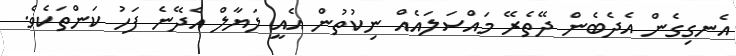
އެނގިގެން އެދެބެން ދޭތެރޭ މައްސަލައެއް ނިކުތުން އެއީ ލަޔާލް އެދޭނެ ފަހު ކަންތަކެވެ.